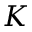
K